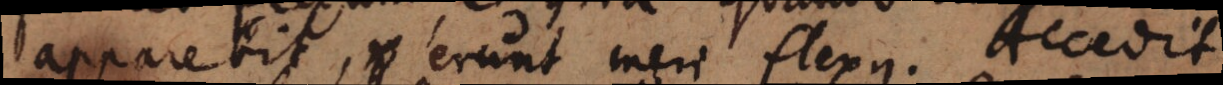
apparebit, erunt meri flexus. Accedit